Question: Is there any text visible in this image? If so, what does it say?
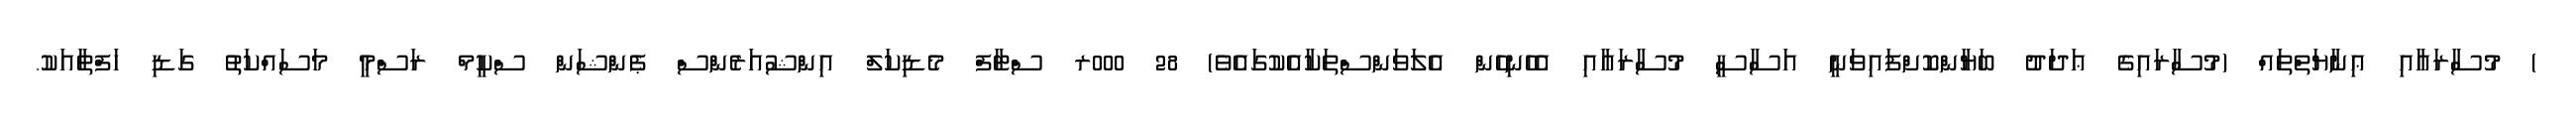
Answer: ) މުސާރައާއި ޢިނާޔަތްތައް (މުސާރައިގެ ޢަދަދު ބަޔާންކޮށްފައިވަނީ އަސާސީ މުސާރައާއި އެހެނިހެން އެލަވަންސްތަކާއެކުގައެވެ) 28 000ރ ސްޓާފް މެޑިކަލް އިންޝުއަރެންސް ޕެންޝަން ސްކީމް ރަސްމީ މަސައްކަތު ގަޑި ހަފްތާއަކު.